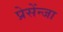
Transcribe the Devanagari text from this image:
प्रेसेंन्जा